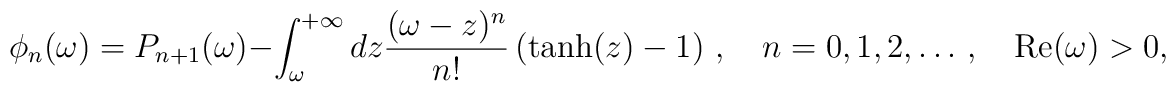
\phi_n(\omega)=  P_{n+1}(\omega)-\int_\omega^{+\infty}dz\frac{(\omega-z)^n}{n!}\left(\tanh(z)-1\right)\,,\quad n=0,1,2,\dots \,,\quad {\rm Re}(\omega)>0,